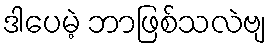
ဒါပေမဲ့ ဘာဖြစ်သလဲဗျ